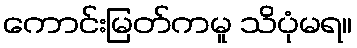
ကောင်းမြတ်ကမူ သိပုံမရ။